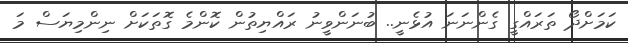
ކަމަށްދޯ ތަރައްގީ ގެންނަނަ އުޅެނީ.. ބުނަންވީނު ރަައްޔިތުން ކޮންމެ ގޮތަކަށް ނިންމިޔަސް މަ